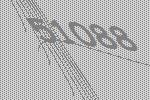
51088